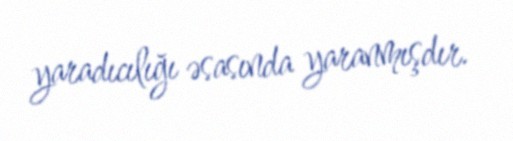
yaradıcılığı əsasında yaranmışdır.